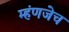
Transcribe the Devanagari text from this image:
म्हंणजेच